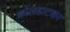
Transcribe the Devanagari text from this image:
कोलहाटकर